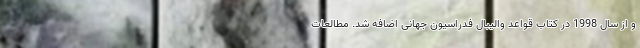
و از سال 1998 در کتاب قواعد والیبال فدراسیون جهانی اضافه شد. مطالعات